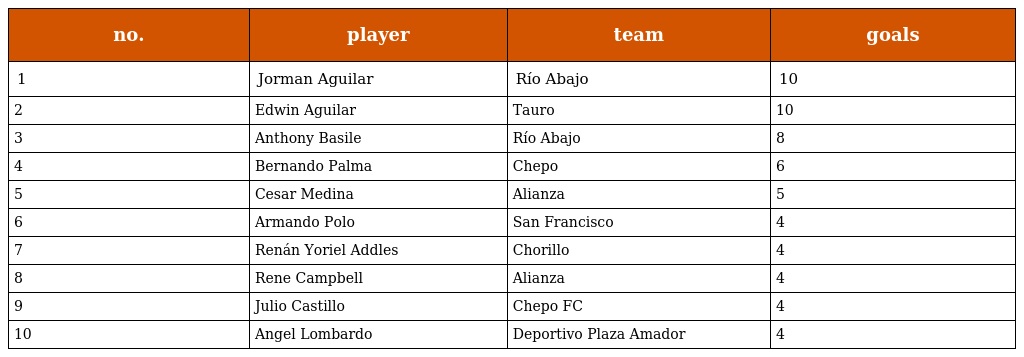
| no. | player | team | goals |
 | --- | --- | --- | --- |
 | 1 | Jorman Aguilar | Río Abajo | 10 |
 | 2 | Edwin Aguilar | Tauro | 10 |
 | 3 | Anthony Basile | Río Abajo | 8 |
 | 4 | Bernando Palma | Chepo | 6 |
 | 5 | Cesar Medina | Alianza | 5 |
 | 6 | Armando Polo | San Francisco | 4 |
 | 7 | Renán Yoriel Addles | Chorillo | 4 |
 | 8 | Rene Campbell | Alianza | 4 |
 | 9 | Julio Castillo | Chepo FC | 4 |
 | 10 | Angel Lombardo | Deportivo Plaza Amador | 4 |